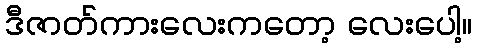
ဒီဇာတ်ကားလေးကတော့ လေးပေါ့။